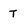
Character: T